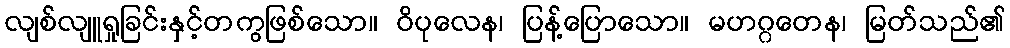
လျစ်လျူရှုခြင်းနှင့်တကွဖြစ်သော။ ဝိပုလေန၊ ပြန့်ပြောသော။ မဟဂ္ဂတေန၊ မြတ်သည်၏